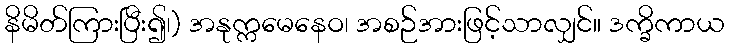
နိမိတ်ကြားပြီး၍၊) အနုက္ကမေနေဝ၊ အစဉ်အားဖြင့်သာလျှင်။ ဒက္ခိကာယ